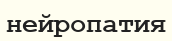
нейропатия